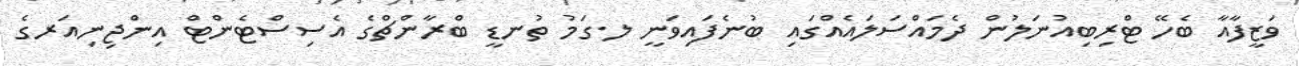
ވަޒީފާއާ ބެހޭ ޓްރިބިއުނަލުން ދެމައްސަލައެއްގައި ބުނެފައިވަނީ ލ.ގަމު ތުނޑީ ބްރާންޗްގެ އެސިސްޓެންޓް އިންޖިނިއަރގެ